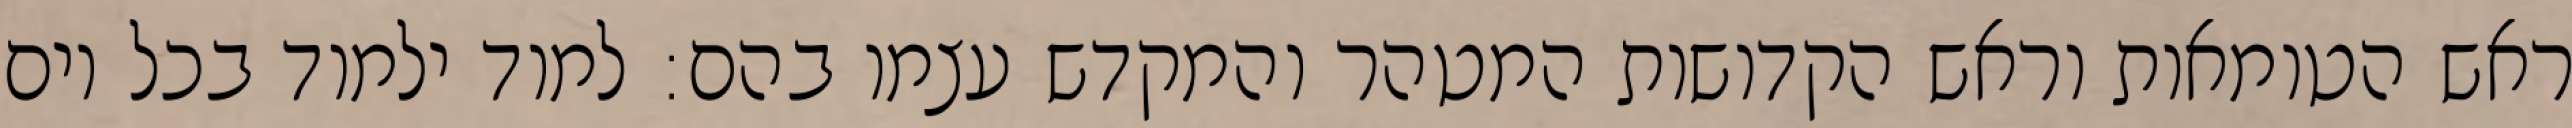
ראש הטומאות וראש הקדושות המטהר והמקדש עצמו בהם: למוד ילמוד בכל יום